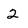
Character: 2